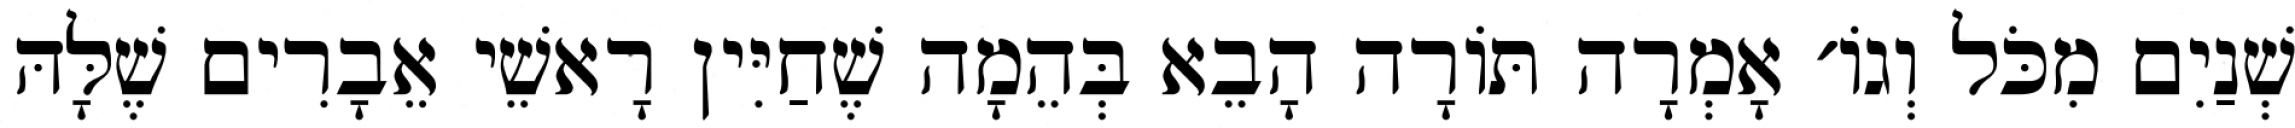
שְׁנַיִם מִכֹּל וְגוֹ׳ אָמְרָה תּוֹרָה הָבֵא בְּהֵמָה שֶׁחַיִּין רָאשֵׁי אֵבָרִים שֶׁלָּהּ